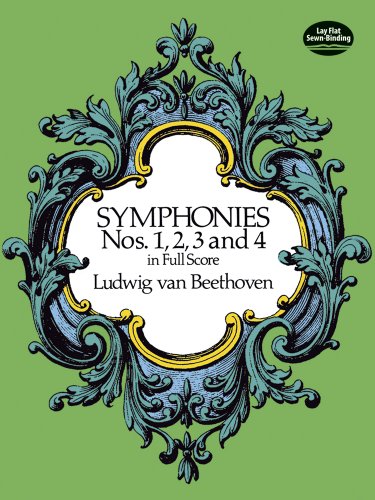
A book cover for Symphonies Nos. 1, 2, 3 and 4 in Full Score (Dover Music Scores); Ludwig van Beethoven; Humor & Entertainment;